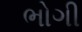
ભોગી